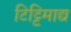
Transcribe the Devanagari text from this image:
टिट्टिमाद्य